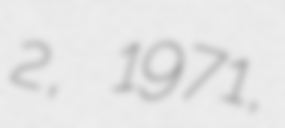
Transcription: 2, 1971,